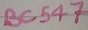
Text: BC547